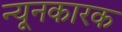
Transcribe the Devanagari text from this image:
न्यूनकारक